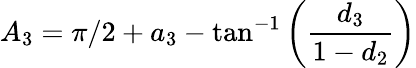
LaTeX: {A_{3}}=\pi/2+{a_{3}}-\tan^{-1}\left(\frac{d_{3}}{1-d_{2}}\right)